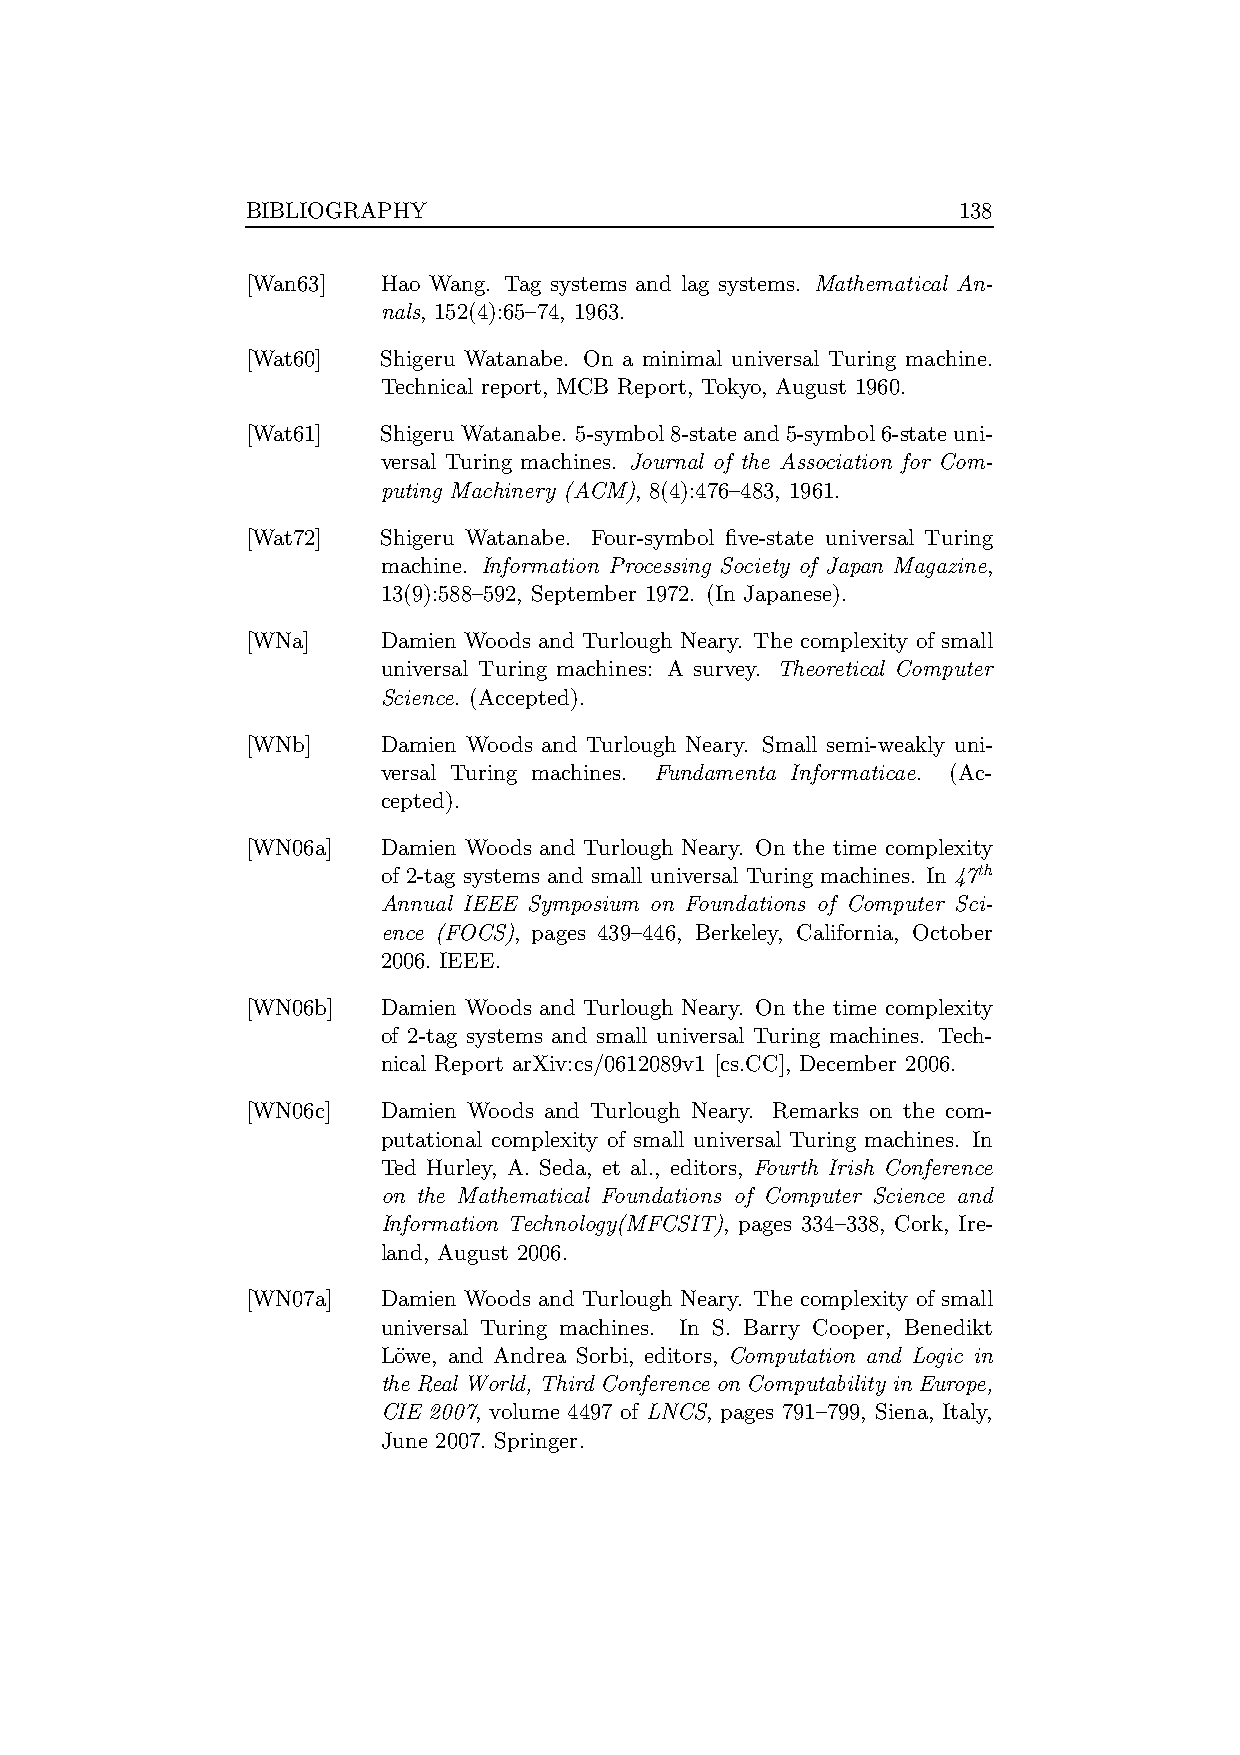
BIBLIOGRAPHY                                   138
 [Wan63]  Hao Wang. Tag systems and lag systems. Mathematical An-
 nals, 152(4):65–74, 1963.
 [Wat60]  Shigeru Watanabe. On a minimal universal Turing machine.
 Technical report, MCB Report, Tokyo, August 1960.
 [Wat61]  ShigeruWatanabe. 5-symbol8-state and5-symbol6-state uni-
 versal Turing machines. Journal of the Association for Com-
 puting Machinery (ACM), 8(4):476–483, 1961.
 [Wat72]  Shigeru Watanabe. Four-symbol five-state universal Turing
 machine. Information Processing Society of Japan Magazine,
 13(9):588–592, September 1972. (In Japanese).
 [WNa]    Damien Woods and Turlough Neary. The complexity of small
 universal Turing machines: A survey. Theoretical Computer
 Science. (Accepted).
 [WNb]    Damien Woods and Turlough Neary. Small semi-weakly uni-
 versal Turing machines. Fundamenta Informaticae. (Ac-
 cepted).
 [WN06a]  Damien Woods and Turlough Neary. On the time complexity
 th
 of 2-tag systems and small universal Turing machines. In 47
 Annual IEEE Symposium on Foundations of Computer Sci-
 ence (FOCS), pages 439–446, Berkeley, California, October
 2006. IEEE.
 [WN06b]  Damien Woods and Turlough Neary. On the time complexity
 of 2-tag systems and small universal Turing machines. Tech-
 nical Report arXiv:cs/0612089v1 [cs.CC], December 2006.
 [WN06c]  Damien Woods and Turlough Neary. Remarks on the com-
 putational complexity of small universal Turing machines. In
 Ted Hurley, A. Seda, et al., editors, Fourth Irish Conference
 on the Mathematical Foundations of Computer Science and
 Information Technology(MFCSIT), pages 334–338, Cork, Ire-
 land, August 2006.
 [WN07a]  Damien Woods and Turlough Neary. The complexity of small
 universal Turing machines. In S. Barry Cooper, Benedikt
 Lo¨we, and Andrea Sorbi, editors, Computation and Logic in
 the Real World, Third Conference onComputability inEurope,
 CIE 2007, volume 4497 of LNCS, pages 791–799, Siena, Italy,
 June 2007. Springer.